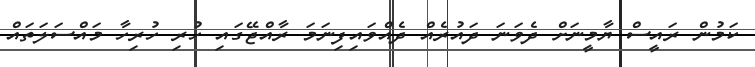
ކަމުން ރައީސް ޔާމީނަށް ދެވަނަ ދައުރެއް ދެއްވައިފިނަމަ ރާއްޖޭގައި ހުރި ހުރިހާ މައްސަލަތައް